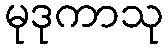
မုဒုကာသု